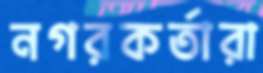
নগরকর্তারা